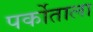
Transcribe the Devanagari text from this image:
पर्कोताला